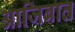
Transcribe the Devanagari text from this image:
आजिबात